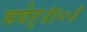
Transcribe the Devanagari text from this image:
भवेत्‌॥१०॥